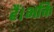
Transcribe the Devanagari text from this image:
हैं।भक्ति